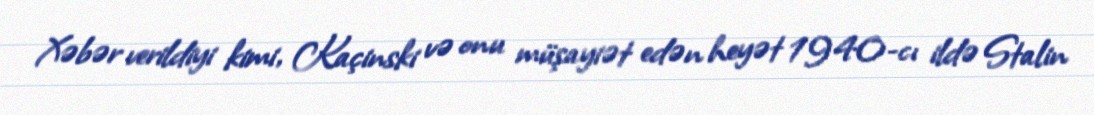
Xəbər verildiyi kimi, Kaçinski və onu müşayiət edən heyət 1940-cı ildə Stalin